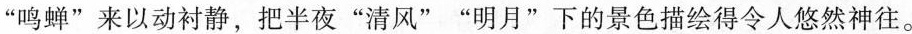
”鸣蝉”来以动衬静，把半夜”清风””明月”下的景色描绘得令人悠然神往。